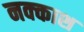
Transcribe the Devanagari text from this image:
नक्‍काश